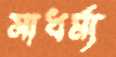
সাধর্ম্য